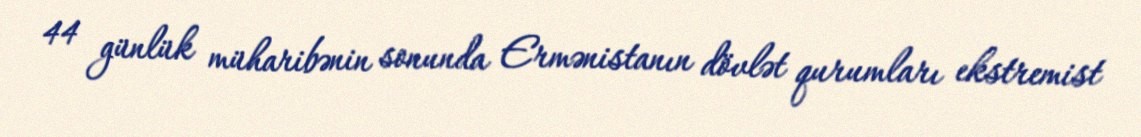
44 günlük müharibənin sonunda Ermənistanın dövlət qurumları ekstremist